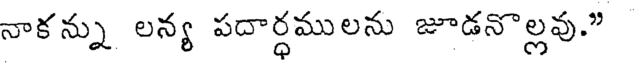
నాకన్ను లన్య పదార్ధములను జూడనొల్లవు."